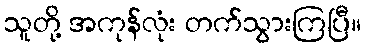
သူတို့ အကုန်လုံး တက်သွားကြပြီ။